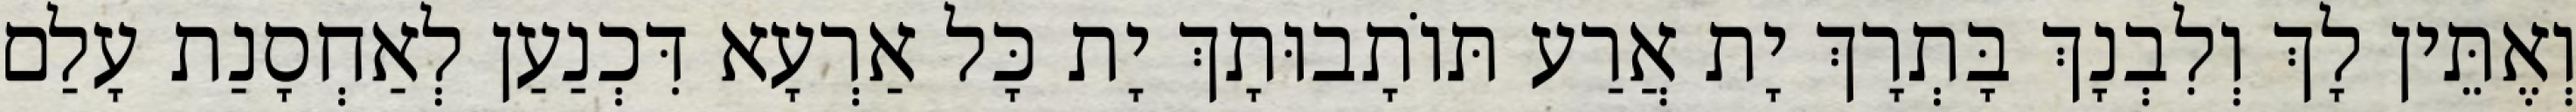
וְאֶתֵּין לָךְ וְלִבְנָךְ בָּתְרָךְ יָת אֲרַע תּוֹתָבוּתָךְ יָת כָּל אַרְעָא דִּכְנַעַן לְאַחְסָנַת עָלַם